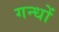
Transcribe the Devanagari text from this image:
गन्धों